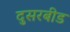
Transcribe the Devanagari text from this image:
दुसरबीड